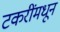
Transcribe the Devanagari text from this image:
टकरींमधून